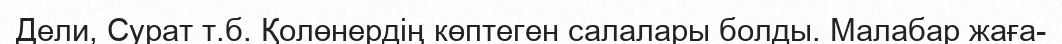
Дели, Сурат т.б. Қолөнердің көптеген салалары болды. Малабар жаға-